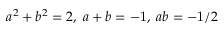
a ^ { 2 } + b ^ { 2 } = 2 , \; a + b = - 1 , \; a b = - 1 / 2